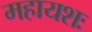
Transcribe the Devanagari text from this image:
महायशः